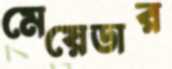
মেয়েডার